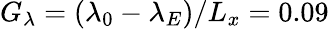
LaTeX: G_{\lambda}=(\lambda_{0}-\lambda_{E})/L_{x}=0.09